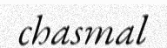
chasmal